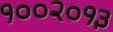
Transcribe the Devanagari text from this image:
१००२०१३